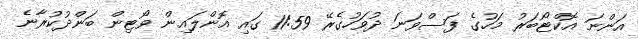
އަންނަ އޮކްޓޯބަރު މަހުގެ ފަސްވަނަ ދުވަހުގެރޭ 11:59 ގައި އޮންލައިން ވޯޓިން ބަންދުކުރާނެ